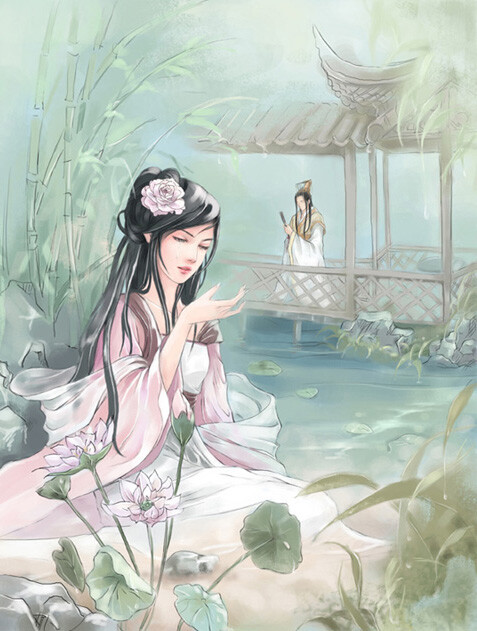
断送一生憔悴，只销几个黄昏。